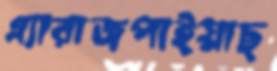
এ্যারাজপাইয়াছ